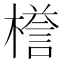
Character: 𣚞